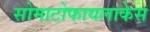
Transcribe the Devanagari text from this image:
सोमाटोफायलाकेस